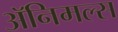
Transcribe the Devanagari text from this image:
अॅनिमल्स